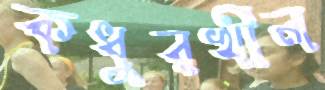
কধুরখীল